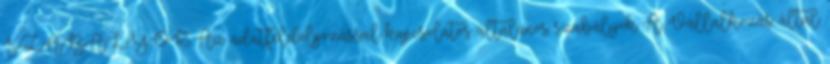
SZABÁLYOK Az adatfeldolgozással kapcsolatos általános szabályok A Vállalkozás által